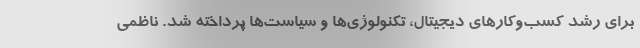
برای رشد کسب‌وکارهای دیجیتال، تکنولوژی‌ها و سیاست‌ها پرداخته شد. ناظمی